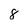
Character: 8